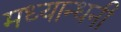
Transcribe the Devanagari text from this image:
मध्यान्धनी